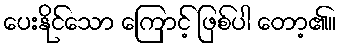
ပေးနိုင်သော ကြောင့် ဖြစ်ပါ တော့၏။